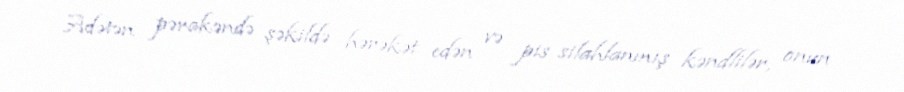
Adətən pərakəndə şəkildə hərəkət edən və pis silahlanmış kəndlilər, onun